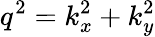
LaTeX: q^{2}=k_{x}^{2}+k_{y}^{2}